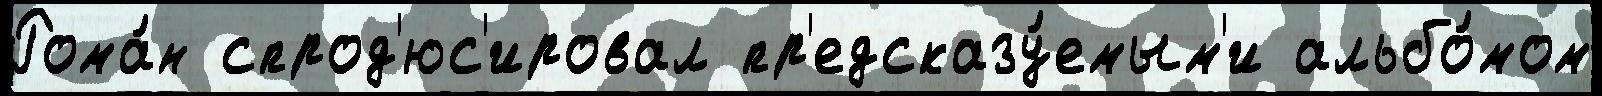
Рома́н спрод'юс'ировал пр'едсказу́емым'и альбо́мом